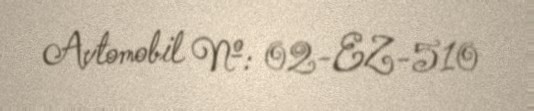
Avtomobil №: 02-EZ-510